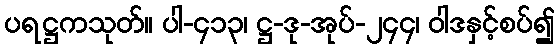
ပရဋ္ဌကသုတ်။ ပါ-၄၁၃၊ ဋ္ဌ-ဒု-အုပ်-၂၄၄၊ ဝါဒနှင့်စပ်၍